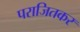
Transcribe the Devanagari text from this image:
पराजितकर